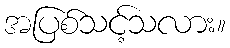
အပြစ်သင့်သလား။